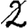
Digit: 2